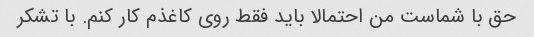
حق با شماست من احتمالا باید فقط روی کاغذم کار کنم. با تشکر